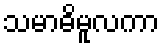
သမာဓိမူလကာ